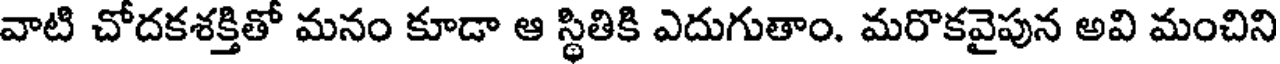
వాటి చోదకశక్తితో మనం కూడా ఆ స్థితికి ఎదుగుతాం. మరొకవైపున అవి మంచిని